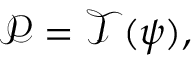
\boldsymbol { \mathcal { P } } = \mathcal { T } ( \boldsymbol { \psi } ) ,